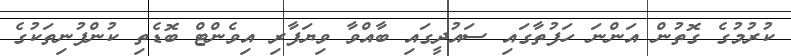
ކުރުމުގެ ގޮތުން އަންނަ ހަފުތާގައި ސައުދީގައި ބާއްވާ ވިޔަފާރި އިވެންޓް ބޮޑެތި ކުންފުނިތަކުގެ